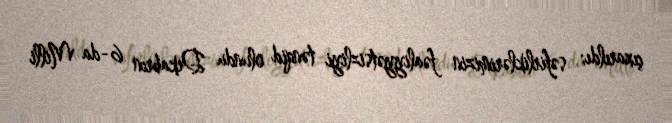
çıxarıldı; səfirliklərimizin fəaliyyətsizliyi tənqid olundu Dekabrın 6-da Milli